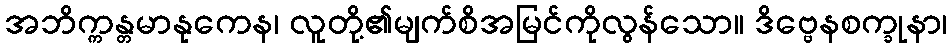
အဘိက္ကန္တမာနုကေန၊ လူတို့၏မျက်စိအမြင်ကိုလွန်သော။ ဒိဗ္ဗေနစက္ခုနာ၊